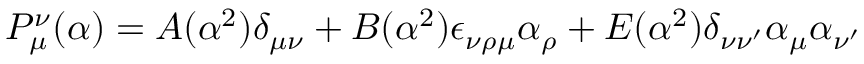
P _ { \mu } ^ { \nu } ( \alpha ) = A ( \alpha ^ { 2 } ) \delta _ { \mu \nu } + B ( \alpha ^ { 2 } ) \epsilon _ { \nu \rho \mu } \alpha _ { \rho } + E ( \alpha ^ { 2 } ) \delta _ { \nu \nu ^ { \prime } } \alpha _ { \mu } \alpha _ { \nu ^ { \prime } }